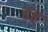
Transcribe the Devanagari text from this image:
ह॥